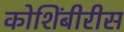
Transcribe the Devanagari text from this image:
कोशिंबीरीस